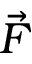
\vec { F }